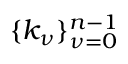
\{ k _ { \nu } \} _ { \nu = 0 } ^ { n - 1 }